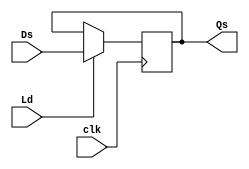
module register32 (
    output reg [31:0] Qs,
    input clk, Ld, 
    input [31:0] Ds
);

    reg[31:0] PW;
    always @  (posedge clk)  
        if(Ld) begin
            PW <= Ds;       
            Qs <= Ds;
        end

endmodule


// module register32_test;

//     reg clk, Ld;
//     reg [31:0] Ds;

//     wire [31:0] Qs;

//     register32 R (Qs, clk, Ld, Ds);

//     always #5 clk = ~clk; 
    
//     initial begin

//         clk = 0;
//         Ld = 0;
//         Ds = 32'h0000000;
//         #10;

//         Ld = 1;
//         Ds = 32'h12345768; 
//         #10; 

//         Ld = 0;
//         Ds = 32'h11111111; 
//         #10; 

//         $finish;
//     end
   
//     always @(posedge clk) begin
//         $display( "clk Ld  Qs       Ds");
//         $monitor("%b   %b   %h %h",clk , Ld, Qs, Ds);
//     end

// endmodule